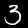
Label: 3